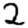
Digit: 2